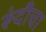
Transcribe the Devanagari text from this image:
रूंदीचा